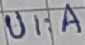
Text: UI:A